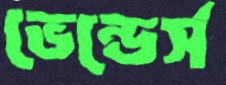
ভেন্ডের্স